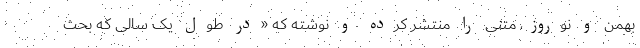
بهمن و نوروز، متنی را منتشر کرده و نوشته که «در طول یک سالی که بحث